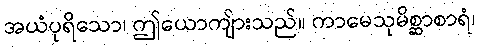
အယံပုရိသော၊ ဤယောကျ်ားသည်။ ကာမေသုမိစ္ဆာစာရံ၊